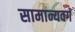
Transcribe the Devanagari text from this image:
सामान्यवर्ग